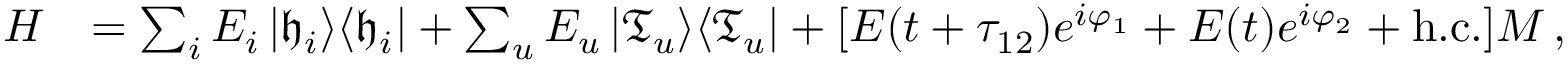
\begin{array} { r l } { H } & { = \sum _ { i } E _ { i } \left| \mathfrak { h } _ { i } \right> \! \left< \mathfrak { h } _ { i } \right| + \sum _ { u } E _ { u } \left| \mathfrak { T } _ { u } \right> \! \left< \mathfrak { T } _ { u } \right| + [ \ensuremath { { \cal E } } ( t + \tau _ { 1 2 } ) e ^ { i \varphi _ { 1 } } + \ensuremath { { \cal E } } ( t ) e ^ { i \varphi _ { 2 } } + \mathrm { h . c . } ] M \, , } \end{array}